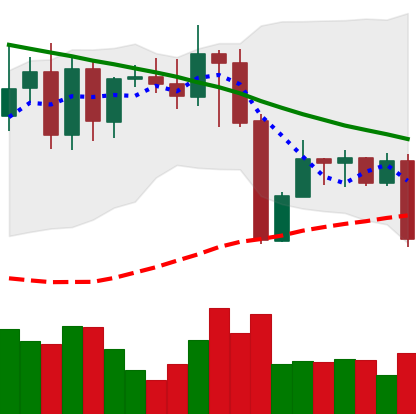
Ticker: XMR-USD
Chart end date: 2022-08-26
Forward return: 4.426%
Label: up_3_5